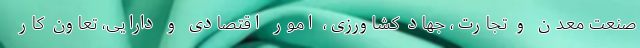
صنعت معدن و تجارت، جهاد کشاورزی، امور اقتصادی و دارایی، تعاون کار